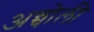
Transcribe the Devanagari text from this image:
अन्चोली